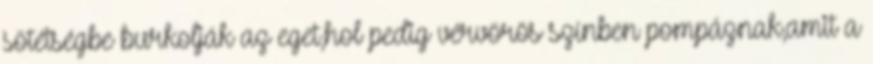
sötétségbe burkolják az eget,hol pedig vérvörös színben pompáznak,amit a